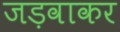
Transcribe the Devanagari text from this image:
जड़वाकर